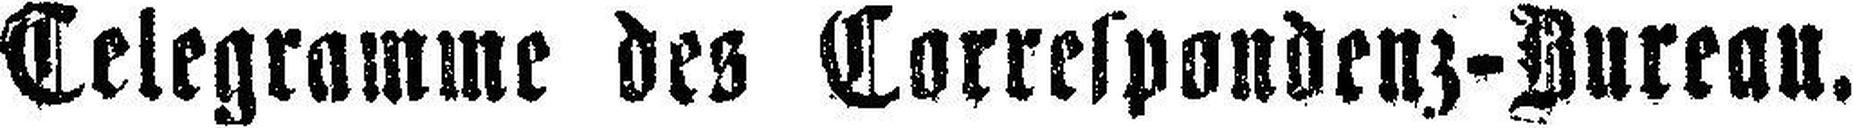
Telegramme des Correspondenz-Bureau.